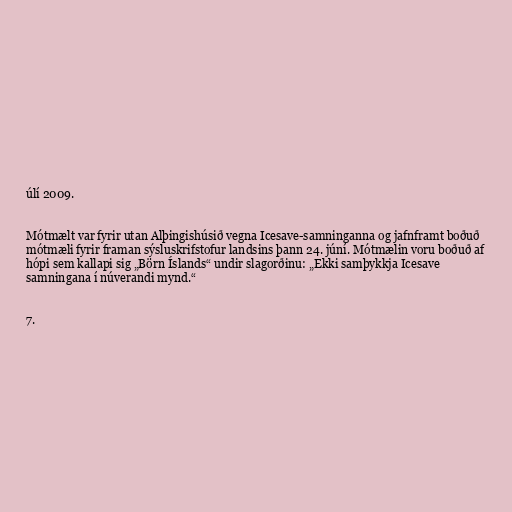
úlí 2009.

Mótmælt var fyrir utan Alþingishúsið vegna Icesave-samninganna og jafnframt boðuð
mótmæli fyrir framan sýsluskrifstofur landsins þann 24. júní. Mótmælin voru boðuð af
hópi sem kallapi sig „Börn Íslands“ undir slagorðinu: „Ekki samþykkja Icesave
samningana í núverandi mynd.“

7.